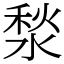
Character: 湬